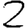
Digit: 2